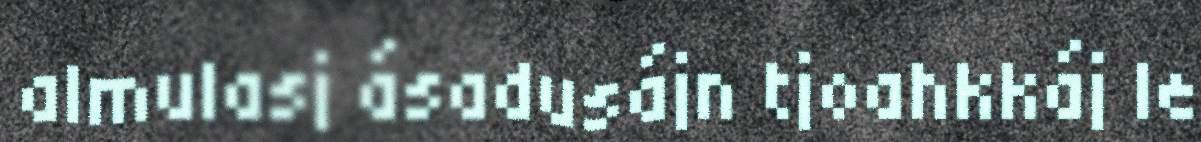
almulasj ásadusájn tjoahkkáj le